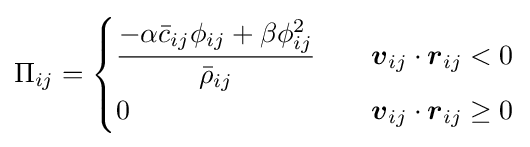
\Pi _{ij}={\begin{cases}{\dfrac {-\alpha {\bar {c}}_{ij}\phi _{ij}+\beta \phi _{ij}^{2}}{{\bar {\rho }}_{ij}}}&\quad {\boldsymbol {v}}_{ij}\cdot {\boldsymbol {r}}_{ij}<0\\0&\quad {\boldsymbol {v}}_{ij}\cdot {\boldsymbol {r}}_{ij}\geq 0\end{cases}}